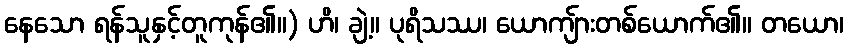
နေသော ရန်သူနှင့်တူကုန်၏။) ဟိ၊ ချဲ့။ ပုရိသဿ၊ ယောကျ်ားတစ်ယောက်၏။ တယော၊